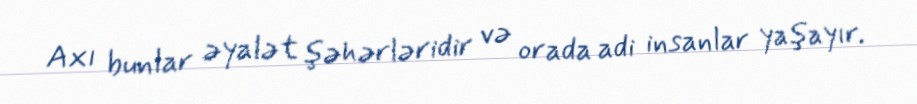
Axı bunlar əyalət şəhərləridir və orada adi insanlar yaşayır.